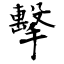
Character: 擊